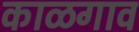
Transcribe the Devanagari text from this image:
काळगाव